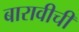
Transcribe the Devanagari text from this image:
बारावीची